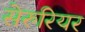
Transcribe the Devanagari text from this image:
सेरुरियर